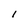
Character: 1